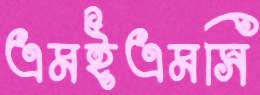
এমইএমসি